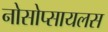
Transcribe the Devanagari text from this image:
नोसोप्सायलस